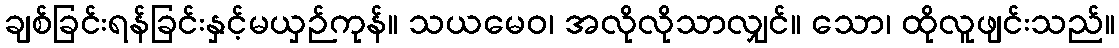
ချစ်ခြင်းရန်ခြင်းနှင့်မယှဉ်ကုန်။ သယမေဝ၊ အလိုလိုသာလျှင်။ သော၊ ထိုလူဖျင်းသည်။